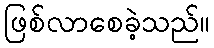
ဖြစ်လာစေခဲ့သည်။